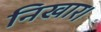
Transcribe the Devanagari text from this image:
निखार।